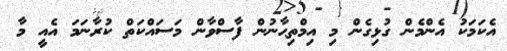
އެކަމަކު އެންމެން ގުޅިގެން މި އިމްތިޙާނުން ފާސްވާން މަސައްކަތް ކުރާނަމަ އެއީ މާ